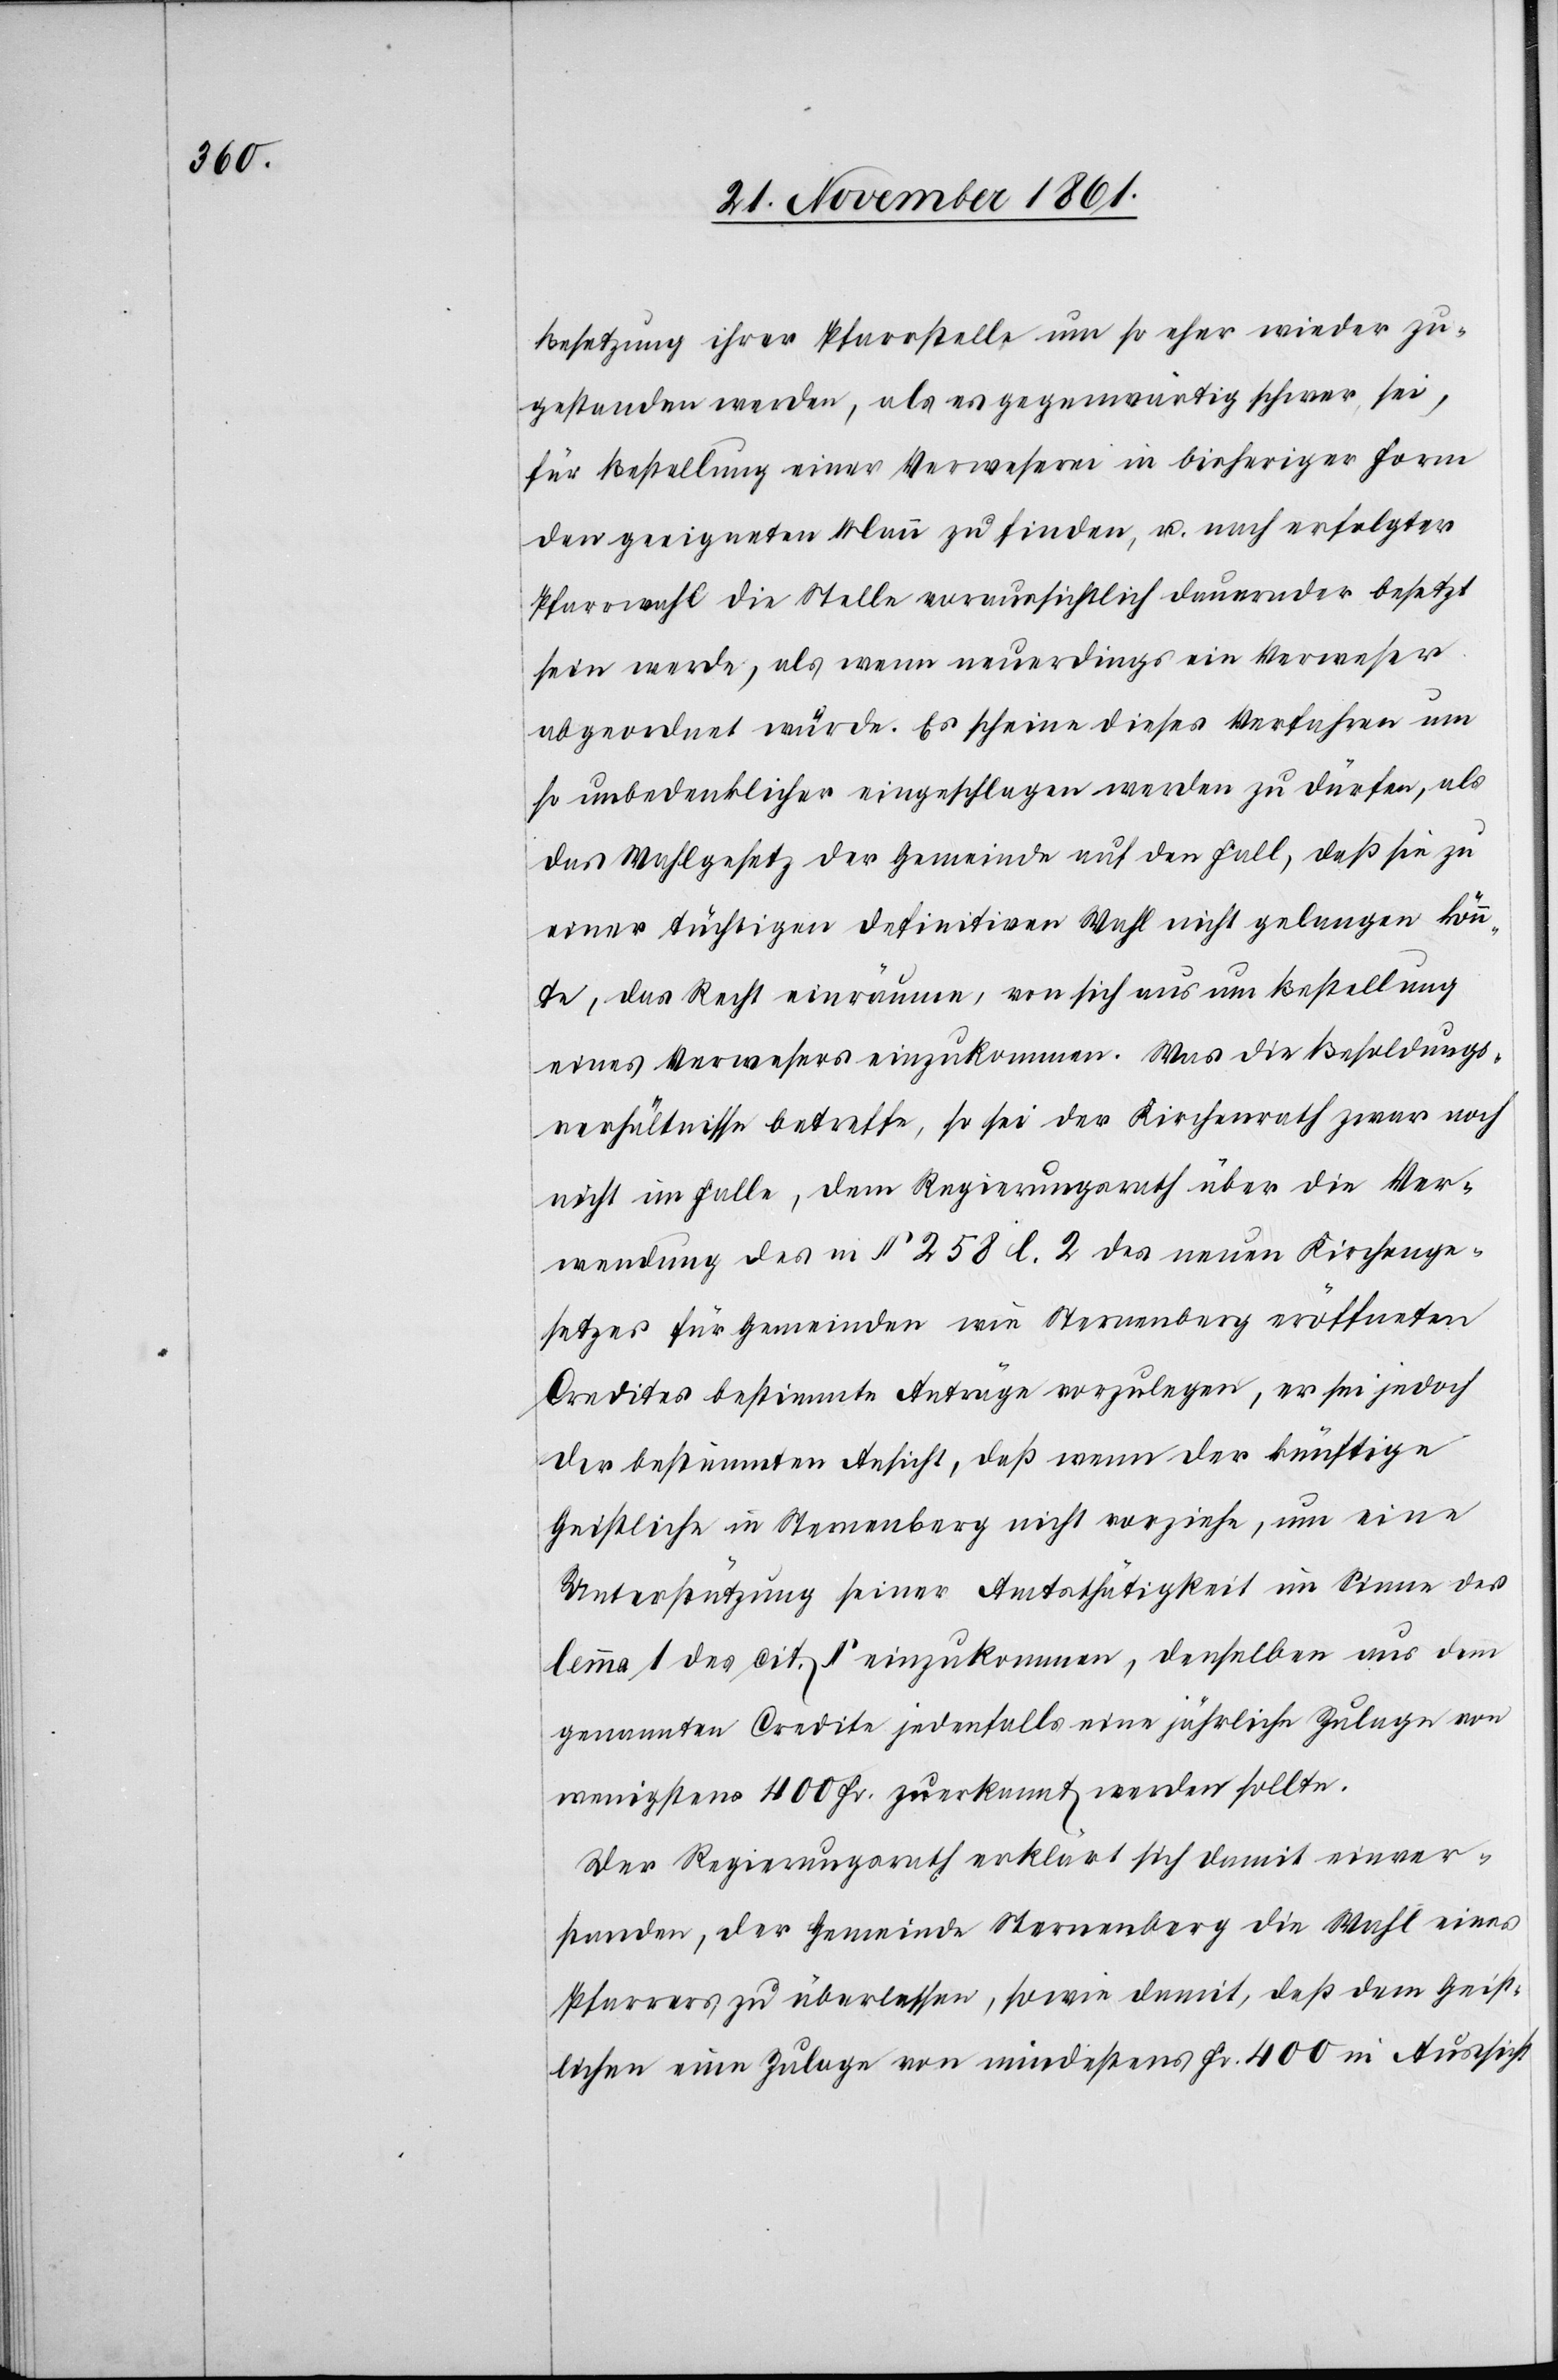
Besetzung ihrer Pfarrstelle um so eher wieder zu¬
gestanden werden, als es gegenwärtig schwer sei,
für Bestellung einer Verweserei in bisheriger Form
den geeigneten Mann zu finden, u. nach erfolgter
Pfarrwahl die Stelle voraussichtlich dauernder besetzt
sein werde, als wenn neuerdings ein Verweser
abgeordnet würde. Es scheine dieses Verfahren um
so unbedenklicher eingeschlagen werden zu dürfen, als
das Wahlgesetz der Gemeinde auf den Fall, daß sie zu
einer tüchtigen definitiven Wahl nicht gelangen könn¬
te, das Recht einräume, von sich aus um Bestellung
eines Verwesers einzukommen. Was die Besoldungs¬
verhältnisse betreffe, so sei der Kirchenrath zwar noch
nicht im Falle, dem Regierungsrath über die Ver¬
wendung des § 258 l. 2 des neuen Kirchenge¬
setzes für Gemeinden wie Sternenberg eröffneten
Credites bestimmte Anträge vorzulegen, er sei jedoch
der bestimmten Ansicht, daß wenn der künftige
Geistliche in Sternenberg nicht vorziehe, um eine
Unterstützung seiner Amtsthätigkeit im Sinne des
lemma 1 des cit. § einzukommen, denselben aus dem
genannten Credite jedenfalls eine jährliche Zulage von
wenigstens 400 Fr. zuerkannt werden sollte.
Der Regierungsrath erklärt sich damit einver¬
standen, der Gemeinde Sternenberg die Wahl eines
Pfarrers zu überlassen, sowie damit, daß dem Geist¬
lichen eine Zulage von mindestens Fr. 400 in Aussicht